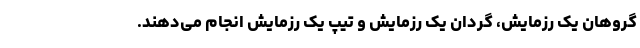
گروهان یک رزمایش، گردان یک رزمایش و تیپ یک رزمایش انجام می‌دهند.